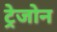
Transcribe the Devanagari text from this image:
ट्रेजोन